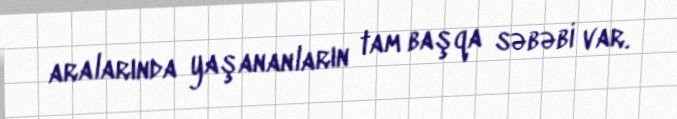
aralarında yaşananların tam başqa səbəbi var.